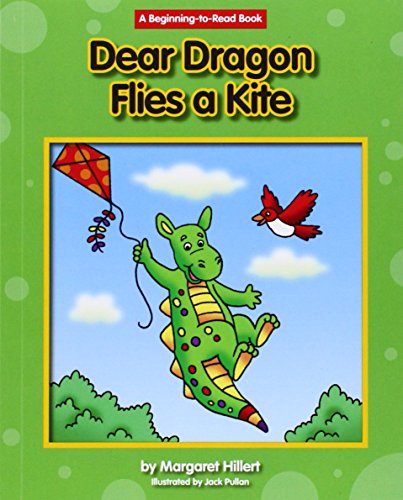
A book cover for Dear Dragon Flies a Kite (Beginning-to-Read: Dear Dragon); Margaret Hillert; Children's Books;